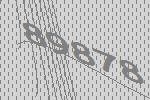
89878